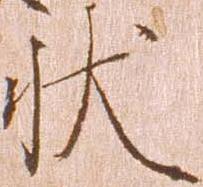
状